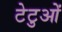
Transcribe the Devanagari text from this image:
टेटुओं